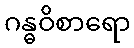
ဂန္ဓဝိစာရော